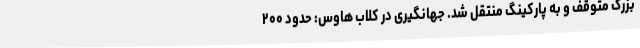
بزرگ متوقف و به پارکینگ منتقل شد. جهانگیری در کلاب هاوس: حدود ۲۰۰